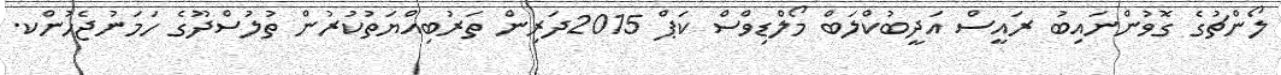
ލޯންޗުގެ ގޮވުންނައިބު ރައީސް އަދީބުކްލަބް މޯލްޑިވްސް ކަޕް 2015ދަރިން ތަރުބިއްޔަތުކުރުން ތުލުސްދޫގެ ހަމަނުޖެހުންކ.